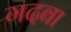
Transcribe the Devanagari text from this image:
गदबा